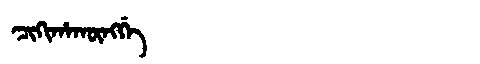
Manchu: ᠴᡳᡴᡳᡥᠠᡴᡡᠩᡤᡝ
Romanization: CIKIHAKŪNGGE